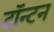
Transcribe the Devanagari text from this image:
टॉन्टन